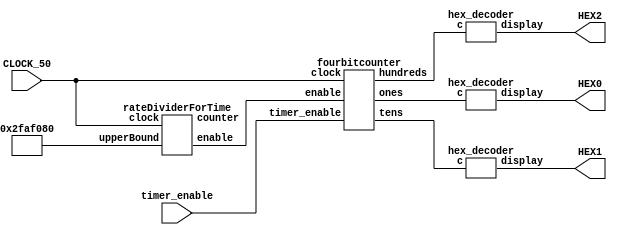
// 241 project - 100s countdown timer


module timer (
    HEX0, HEX1, HEX2, CLOCK_50, timer_enable
);
    input CLOCK_50;
    output [6:0] HEX0;
    output [6:0] HEX1;
	 output [6:0] HEX2;
    wire [3:0] hundreds, tens, ones;
    wire enable;
    wire [25:0] counter;
    input timer_enable;

    wire [25:0] upperBound;
	 // Assuming CLOCK_50 is 50 MHz, this will create a 1-second pulse
    assign upperBound = 26'd50000000;

    rateDividerForTime r(CLOCK_50, upperBound, enable, counter);
    fourbitcounter c(enable, timer_enable, CLOCK_50, hundreds, tens, ones);

    hex_decoder H0(ones, HEX0);
    hex_decoder H1(tens, HEX1);
	 hex_decoder H2(hundreds, HEX2);
endmodule

module rateDividerForTime(
    input clock,
    input [25:0] upperBound,
    output reg enable,
    output reg [25:0] counter
);
    always @(posedge clock) begin
        if (counter == 26'bx) begin
            counter <= 26'b0;
        end else if (counter == upperBound) begin
            enable = 1'b1;
            counter <= 26'b0;
        end else begin
            enable = 1'b0;
            counter <= counter + 1;
        end
    end
endmodule

module fourbitcounter(
    input enable,
    input timer_enable,
    input clock,
    output reg [3:0] hundreds,
    output reg [3:0] tens,
    output reg [3:0] ones
);
    initial begin
        hundreds = 1; // For 100 seconds
        tens = 0;
        ones = 0;
    end

     always @(posedge clock) begin
        if (timer_enable == 1'b1 && enable == 1'b1) begin
            if (hundreds == 0 && tens == 0 && ones == 0) begin
                // Timer reached 0, do nothing
            end else if (ones == 0) begin
                ones <= 9; // Reset ones to 9
                if (tens == 0) begin
                    tens <= 9; // Reset tens to 9
                    if (hundreds != 0) begin
                        hundreds <= hundreds - 1; // Decrement hundreds
                    end
                end else begin
                    tens <= tens - 1; // Decrement tens
                end
            end else begin
                ones <= ones - 1; // Decrement ones
            end
        end else if (timer_enable == 1'b0) begin
            hundreds <= 1; // Reset to 100 seconds
            tens <= 0;
            ones <= 0;
        end
    end
endmodule

/*
module fourbitcounter(
    input enable,
    input timer_enable,
    input clock,
    output reg [3:0] seconds,
    output reg [3:0] seconds2
);
    initial begin
        seconds = 10; // Representing 100 seconds
        seconds2 = 0;
    end

    always @(posedge clock) begin
        if (timer_enable == 1'b1 && enable == 1'b1) begin
            if (seconds == 0 && seconds2 == 0) begin
                // Timer reached 0, do nothing
            end else if (seconds2 == 0) begin
                seconds <= seconds - 1;
                seconds2 <= 9;
            end else begin
                seconds2 <= seconds2 - 1;
            end
        end else if (timer_enable == 1'b0) begin
            seconds <= 10;
            seconds2 <= 0;
        end
    end
endmodule
*/

module hex_decoder(c, display);
   input [3:0] c;
	output [6:0] display;
	
	// s_0 eqn
	assign display[0] = ~(
	(~c[0] | c[1] | c[2] | c[3]) & 
	(~c[2] | c[0] | c[1] | c[3]) & 
	(~c[0] | ~c[1] | ~c[3] | c[2]) &
	(~c[0] | ~c[2] | ~c[3] | c[1])
	);
	
	// s_1 eqn
	assign display[1] = ~(
	(~c[0] | ~c[2] | c[1] | c[3]) & 
	(~c[1] | ~c[2] | c[0] | c[3]) & 
	(~c[0] | ~c[2] | c[1] | c[3]) & 
	(~c[0] | ~c[1] | ~c[3] | c[2]) & 
	(~c[2] | ~c[3] | c[0] | c[1]) & 
	(~c[1] | ~c[2] | ~c[3] | c[0]) & 
	(~c[0] | ~c[1] | ~c[2] | ~c[3])
	);
	
	// s_2 eqn
	assign display[2] = ~(
	(~c[1] | c[0] | c[2] | c[3]) &
	(~c[2] | ~c[3] | c[0] | c[1]) & 
	(~c[1] | ~c[2] | ~c[3] | c[0]) & 
	(~c[0] | ~c[1] | ~c[2] | ~c[3])
	);
	
	// s_3 eqn
	assign display[3] = ~(
	(~c[0] | c[1] | c[2] | c[3]) &
	(~c[2] | c[0] | c[1] | c[3]) &
	(~c[0] | ~c[1] | ~c[2] | c[3]) &
	(~c[0] | ~c[3] | c[1] | c[2]) &
	(~c[1] | ~c[3] | c[0] | c[2]) &
	(~c[0] | ~c[1] | ~c[2] | ~c[3])
	);
	
	// s_4 eqn
	assign display[4] = ~(
	(~c[0] | c[1] | c[2] | c[3]) &
	(~c[0] | ~c[1] | c[2] | c[3]) &
	(~c[2] | c[0] | c[1] | c[3]) &
	(~c[0] | ~c[2] | c[1] | c[3]) &
	(~c[0] | ~c[1] | ~c[2] | c[3]) &
	(~c[0] | ~c[3] | c[1] | c[2])
	);
	
	// s_5 eqn
	assign display[5] = ~(
	(~c[0] | c[1] | c[2] | c[3]) &
	(~c[1] | c[0] | c[2] | c[3]) &
	(~c[0] | ~c[1] | c[2] | c[3]) &
	(~c[0] | ~c[1] | ~c[2] | c[3]) &
	(~c[0] | ~c[2] | ~c[3] | c[1])
	);
	
	// s_6 eqn
	assign display[6] = ~(
	(c[0] | c[1] | c[2] | c[3]) &
	(~c[0] | c[1] | c[2] | c[3]) &
	(~c[0] | ~c[1] | ~c[2] | c[3]) &
	(~c[2] | ~c[3] | c[0] | c[1])
	);

endmodule